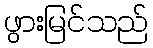
ဖွားမြင်သည်